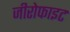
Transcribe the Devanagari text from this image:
जीरोफाइट